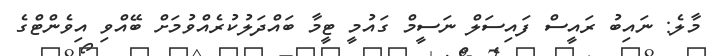
މާލެ: ނައިބު ރައީސް ފައިސަލް ނަސީމް ގައުމީ ޓީމާ ބައްދަލުކުރެއްވުމަށް ބޭއްވި އިވެންޓްގެ